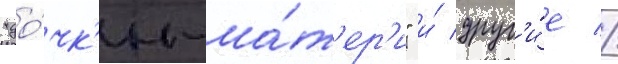
"до́чк'и-ма́т'ер'и" и́ друг'и́е //